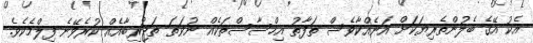
އެކު އޭގެ ބެލުންތެރިޔަކަށް އަނެއްކާވެސް ތަފާތު އިހްސާސްތަކެއް ނުވަތަ ތަޖުރިބާއެއް ކުރެވޭނެ ފިލްމެކެވެ.